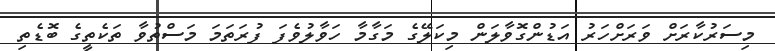
މިސަރުކާރަށް ވަރަށްހަރު އަޑުންގޮވާލަން މިކަލޭގެ މަގާމާ ހަވާލުވެފަ ފުރަތަމަ މަސްތުވާ ތަކެތީގެ ބޮޑެތި